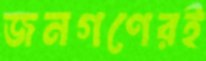
জনগণেরই